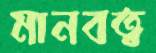
মানবত্ব